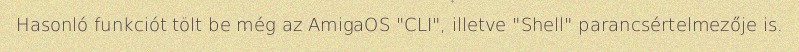
Hasonló funkciót tölt be még az AmigaOS "CLI", illetve "Shell" parancsértelmezője is.